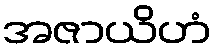
အဇာယိဟံ